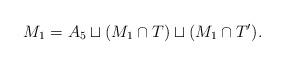
LaTeX: \begin{align*}M_1 = A_5 \sqcup (M_1\cap T) \sqcup (M_1 \cap T').\end{align*}